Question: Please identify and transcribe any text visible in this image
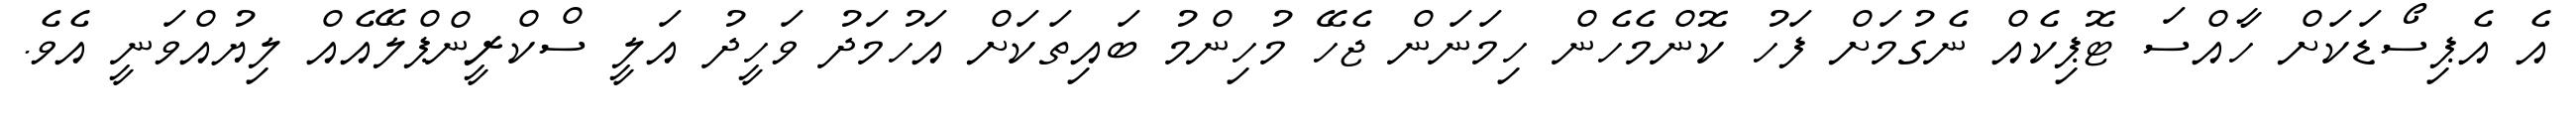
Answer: އެ އެޕިސޯޑަކަށް ހާއްސަ ޓޮޕިކެއް ނެގުމަށް ފަހު ކޮންމެހެން ހިމަނަން ޖެހޭ މުހިންމު ބައިތަކަށް އަހުމަދު ވަހީދު އަލީ ސްކްރީންޕްލޭއެއް ލިޔުއްވަނީ އެވެ.